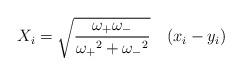
LaTeX: \begin{align*}X_i = {\sqrt {\frac{\omega_+\omega_-}{{\omega_+}^2 +{\omega_-}^2}}} \quad(x_i - y_i)\end{align*}